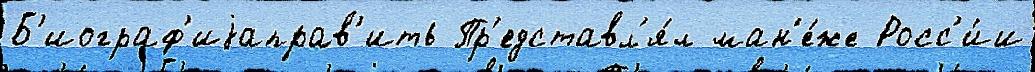
Б'иограф'иjаправ'ить Пр'едставл'я́л ман'е́же Росс'и́и